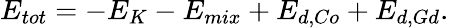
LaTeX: E_{tot}=-E_{K}-E_{mix}+E_{d,Co}+E_{d,Gd}.